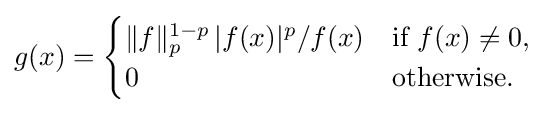
g(x)={\begin{cases}\|f\|_{p}^{1-p}\,|f(x)|^{p}/f(x)&{\text{if }}f(x)\not =0,\\0&{\text{otherwise.}}\end{cases}}